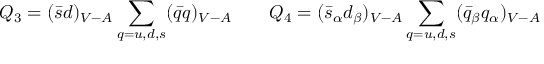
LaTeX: Q _ { 3 } = ( \bar { s } d ) _ { V - A } \sum _ { q = u , d , s } ( \bar { q } q ) _ { V - A } ~ ~ ~ ~ ~ ~ Q _ { 4 } = ( \bar { s } _ { \alpha } d _ { \beta } ) _ { V - A } \sum _ { q = u , d , s } ( \bar { q } _ { \beta } q _ { \alpha } ) _ { V - A }